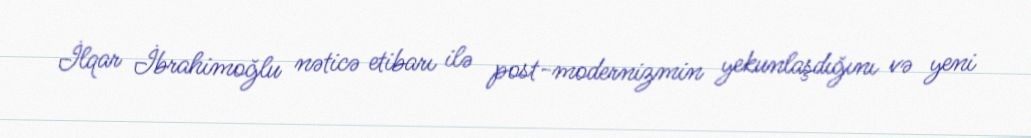
İlqar İbrahimoğlu nəticə etibarı ilə post-modernizmin yekunlaşdığını və yeni